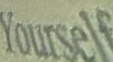
Yourself